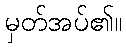
မှတ်အပ်၏။